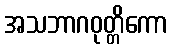
အသဘာဂဝုတ္တိကော